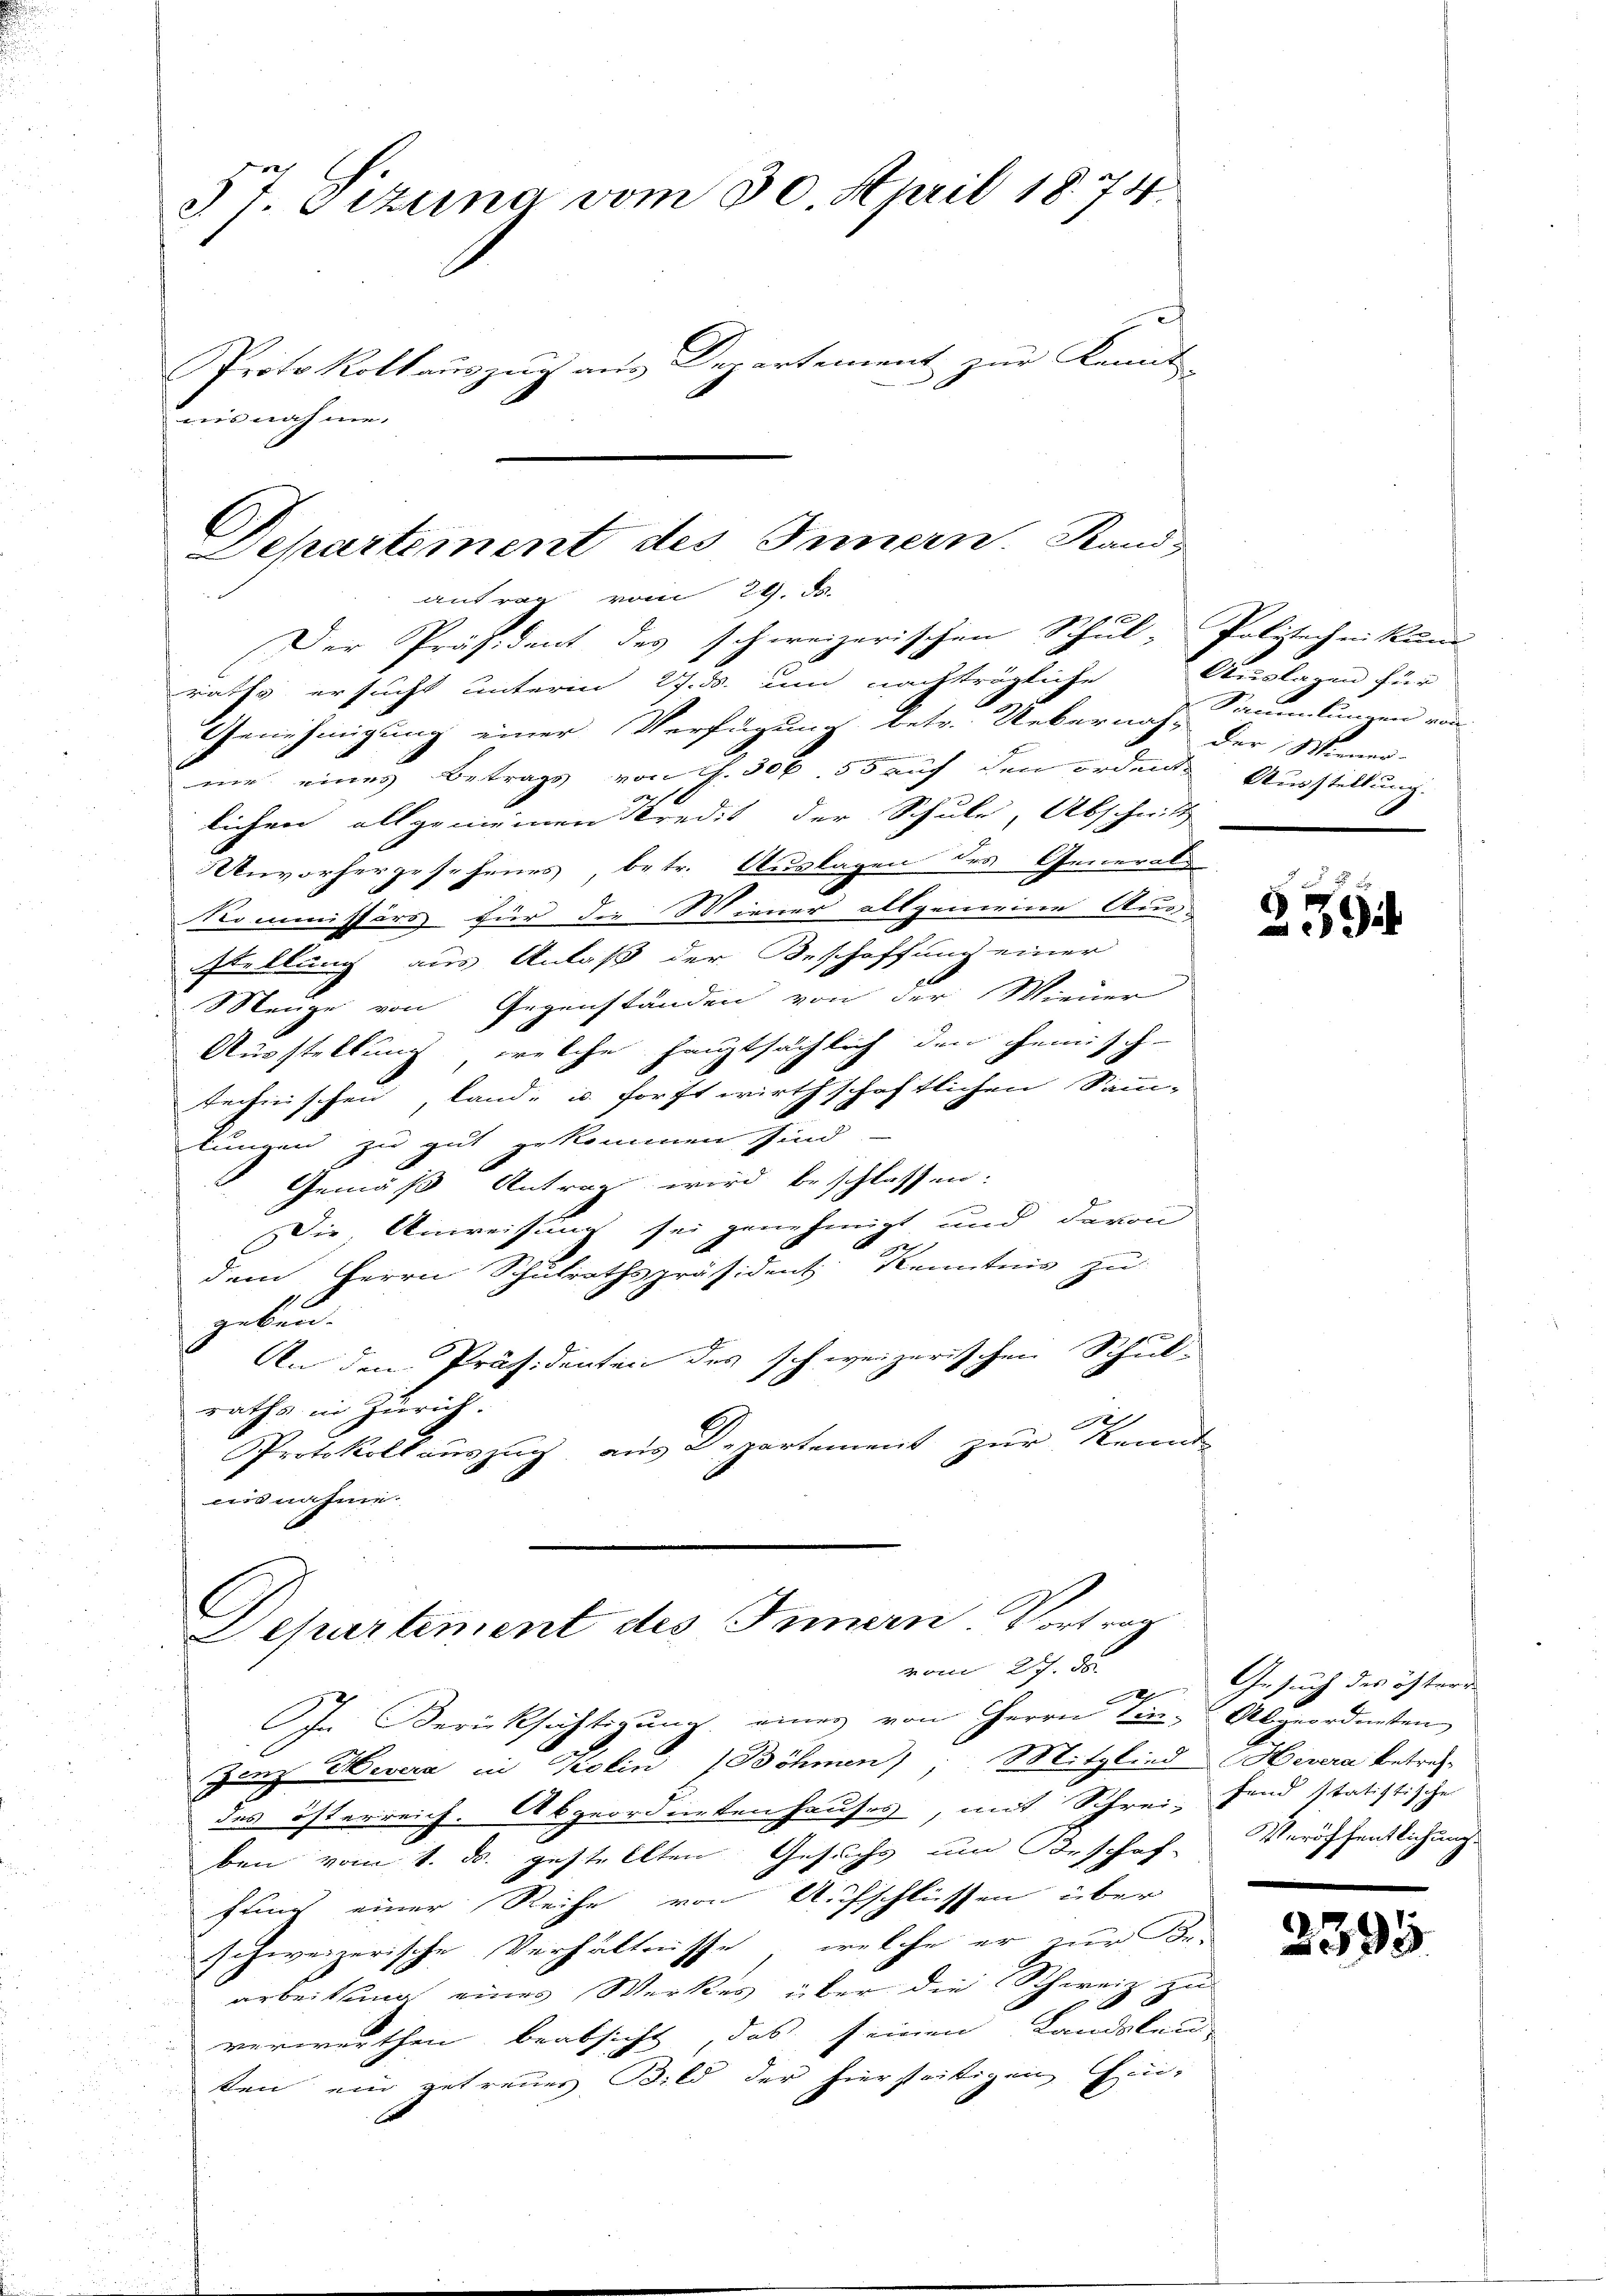
St. Gezuna vom 30. April 1874.
Protokollauszug aus Departement zur Kennt-
aisnahme.

raths ersucht unterm 27. ds. um nachträgliche
Genehmigung einer Verfügung betr. Uebernach der Miener-
 eines Betrags von S. 506. 55 auf den ordentes Ausstellung
lichen allgemeinen Kredit der Schule, Abschnitt
Unvorhergesehenes, betr. Auslagen des Generale
Kommissärs für die Miener allgemeine Aus-
stellung aus Anlaß der Beschaffung einer
Meuge von Gegenständen von der Wiener
Ausstellung, welche hauptsächlich den gemisch-
technischen, land- u. forst wirthschaftlichen Samm-
lungen zu gut gekommen sind.
Gemäß Antrag wird beschlossen.
Die Anweisung sei genehmigt und davon
dem Herrn Schulrathspräsident Kenntnis zu
geben.
An den Präsidenten des schweizerischen Schul-
raths in Zürich.
1)
Protokollauszug aus Departement zur kennte
ausnahme.

C
Departement des Innern. Stand-
antrag vom 29. d.
Der Präsident des schweizerischen Schul-Polizechnikum

C
epartement des Innern. Vortrag
vom 21. der

In Berücksichtigŭng einer von Herrn Ein Abgeordneten
zanz Wevera in Kolin (Böhmen). Mitglied Hevera betrefdes österreich. Abgeordneten Hauses, mit Schrei- sind statistische
ben vom 1. d. gestellten Gesuchs um Beschaf-
fung einer Reihe von Aufschlüssen über
schweizerische Verhältnisse, welche er zur Be-
arbeitsung eines Werkes über die Schweiz zu
f
verwerthen beabsicht, das seinen Kandolen
ten ein getreues Bild der hierseitigen Ein-

2

Auslagen für
Sammlungen von

2394

Gesuch des öftere
Veröffentlichung.

2395.